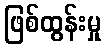
ဖြစ်ထွန်းမှု